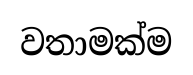
වතාමක්ම